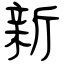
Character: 新